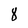
Character: 8